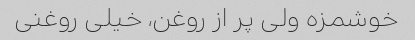
خوشمزه ولی پر از روغن، خیلی روغنی